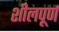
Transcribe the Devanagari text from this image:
शीलपूर्ण